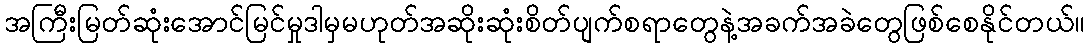
အကြီးမြတ်ဆုံးအောင်မြင်မှုဒါမှမဟုတ်အဆိုးဆုံးစိတ်ပျက်စရာတွေနဲ့အခက်အခဲတွေဖြစ်စေနိုင်တယ်။